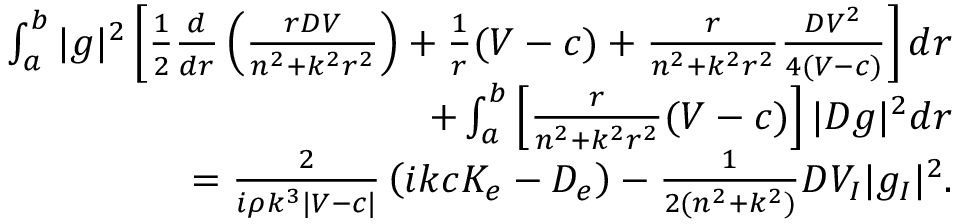
\begin{array} { r } { \int _ { a } ^ { b } | g | ^ { 2 } \left[ \frac { 1 } { 2 } \frac { d } { d r } \left( \frac { r D V } { n ^ { 2 } + k ^ { 2 } r ^ { 2 } } \right) + \frac { 1 } { r } ( V - c ) + \frac { r } { n ^ { 2 } + k ^ { 2 } r ^ { 2 } } \frac { D V ^ { 2 } } { 4 ( V - c ) } \right] d r } \\ { + \int _ { a } ^ { b } \left[ \frac { r } { n ^ { 2 } + k ^ { 2 } r ^ { 2 } } ( V - c ) \right] | D g | ^ { 2 } d r } \\ { = \frac { 2 } { i \rho k ^ { 3 } | V - c | } \left( i k c K _ { e } - D _ { e } \right) - \frac { 1 } { 2 ( n ^ { 2 } + k ^ { 2 } ) } D V _ { I } | g _ { I } | ^ { 2 } . } \end{array}